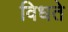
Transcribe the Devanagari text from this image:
विधते